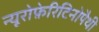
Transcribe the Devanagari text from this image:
न्यूरोफ़ेरिटिनोपैथी